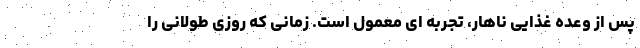
پس از وعده غذایی ناهار، تجربه ای معمول است. زمانی که روزی طولانی را